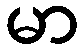
မာ